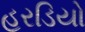
હરડિયો